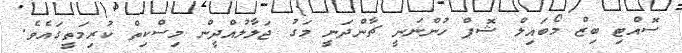
ސޮއްޓި ބިޒް މޯބައިލް ޝޮޕް ހުންނަނީ ޗާންދަނީ މަގު ޖަލާލުއްދީން މިސްކިތް ކުރިމަތީގައެވެ.